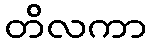
တိလကာ